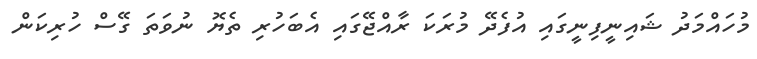
މުހައްމަދު ޝައިނީފިނީގައި އުފެދޭ މުރަކަ ރާއްޖޭގައި އެބަހުރި ތެޔޮ ނުވަތަ ގޭސް ހުރިކަން